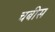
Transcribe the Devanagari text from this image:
चबीस